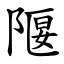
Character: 隁